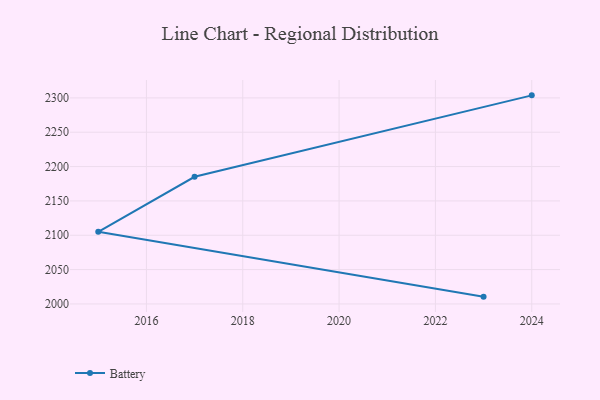
{"axis": {"x": "Year", "y": "Operating Costs (USD K)"}, "legend": ["Battery"], "data": [{"x": "2023", "y": 2010.6, "type": "Battery"}, {"x": "2015", "y": 2105.0, "type": "Battery"}, {"x": "2017", "y": 2185.1, "type": "Battery"}, {"x": "2024", "y": 2303.7, "type": "Battery"}]}